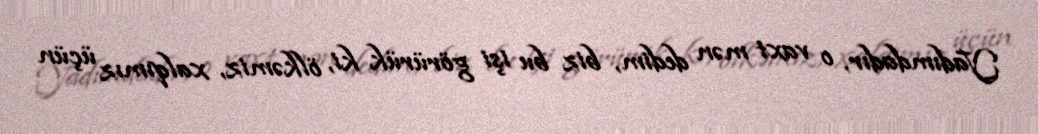
Yadımdadır, o vaxt mən dedim, biz bu işi görürük ki, ölkəmiz, xalqımız üçün